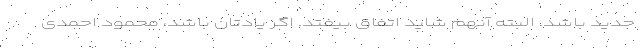
جدید باشد. البته آنهم شاید اتفاق بیفتد. اگر یادتان باشد، محمود احمدی